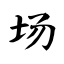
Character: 场